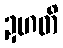
ဍဟတိ